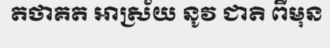
តថាគត អាស្រ័យ នូវ ជាតិ ពីមុន